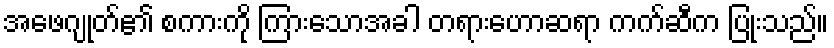
အဖေဂျုတ်၏ စကားကို ကြားသောအခါ တရားဟောဆရာ ကက်ဆီက ပြုံးသည်။